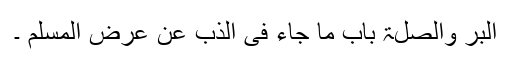
البر والصلۃ باب ما جاء فی الذب عن عرض المسلم ۔